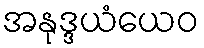
အနုဒ္ဒယံယေဝ